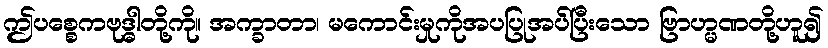
ဤပစ္စေကဗုဒ္ဓါတို့ကို။ အက္ခာတာ၊ မကောင်းမှုကိုအပပြုအပ်ပြီးသော ဗြာဟ္မဏတို့ဟူ၍